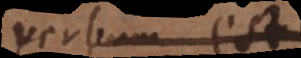
verbum est